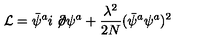
{ \cal L } = \bar { \psi } ^ { a } i \not \! \partial \psi ^ { a } + { \frac { \lambda ^ { 2 } } { 2 N } } ( \bar { \psi } ^ { a } \psi ^ { a } ) ^ { 2 }